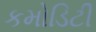
કમોડિટી